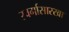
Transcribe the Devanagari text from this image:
स्वर्गासारखा